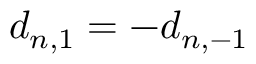
d _ { n , 1 } = - d _ { n , - 1 }